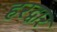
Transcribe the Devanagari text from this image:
हरद्वार